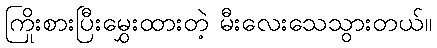
ကြိုးစားပြီးမွှေးထားတဲ့ မီးလေးသေသွားတယ်။